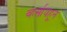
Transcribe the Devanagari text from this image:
व्हर्सायहून